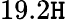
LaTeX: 19.2\mathtt{H}